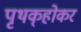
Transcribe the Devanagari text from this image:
पृथक्‌होकर